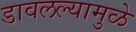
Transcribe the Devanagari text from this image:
डावलल्यामुळे